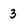
Character: 3